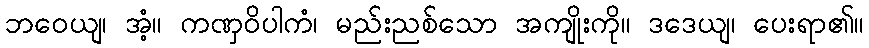
ဘဝေယျ၊ အံ့။ ကဏှဝိပါကံ၊ မည်းညစ်သော အကျိုးကို။ ဒဒေယျ၊ ပေးရာ၏။